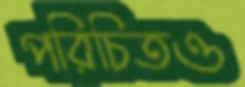
পরিচিতও